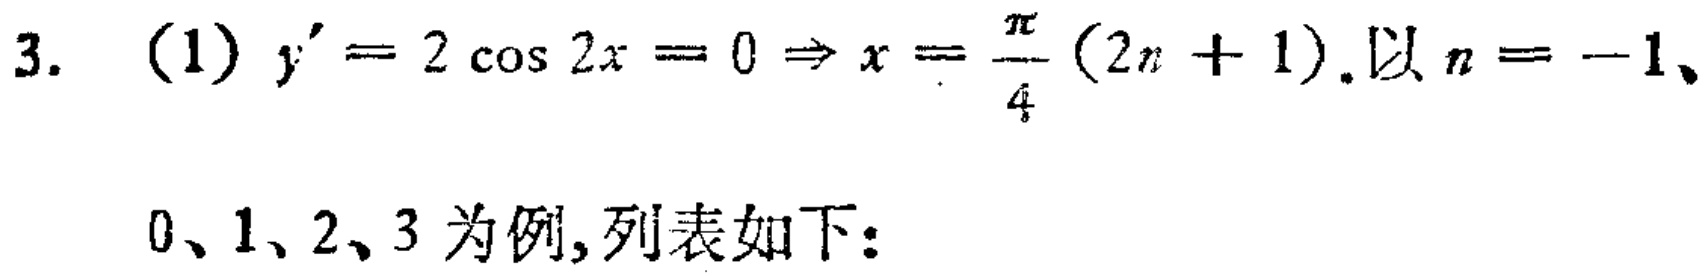
3. (1) \(y^{\prime}=2\cos 2x = 0\Rightarrow x=\frac{\pi}{4}(2n + 1)\). 以 \(n = -1\)、
0、1、2、3 为例,列表如下: